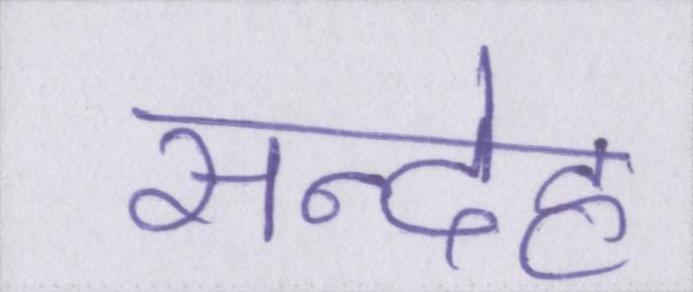
सन्देह